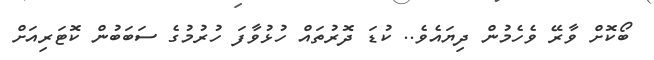
ބޯކޮށް ވާރޭ ވެހެމުން ދިޔައެވެ.. ކުޑަ ދޮރުތައް ހުޅުވާފަ ހުރުމުގެ ސަބަބުން ކޮޓަރިއަށް